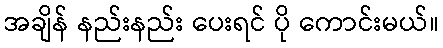
အချိန် နည်းနည်း ပေးရင် ပို ကောင်းမယ်။